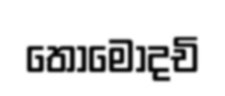
තොමොදචි